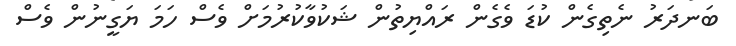
ބަނދަރު ނެތިގެން ކުޑަ ވެގެން ރައްޔިތުން ޝަކުވާކުރުމަށް ވެސް ހަމަ ޔަގީނުން ވެސް